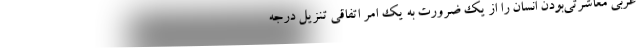
غربی معاشرتی‌بودن انسان را از یک ضرورت به یک امر اتفاقی تنزیل درجه